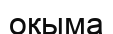
оқыма